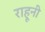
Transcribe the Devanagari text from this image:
राहूनी